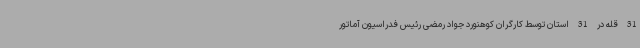
31 قله در 31 استان توسط کارگران کوهنورد جواد رمضی رئیس فدراسیون آماتور